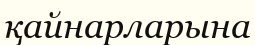
қайнарларына